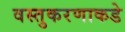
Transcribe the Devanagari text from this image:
वस्तुकरणाकडे